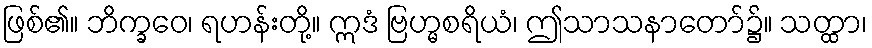
ဖြစ်၏။ ဘိက္ခဝေ၊ ရဟန်းတို့။ ဣဒံ ဗြဟ္မစရိယံ၊ ဤသာသနာတော်၌။ သတ္ထာ၊